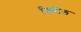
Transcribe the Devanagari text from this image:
फिटेल